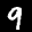
Label: 9